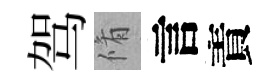
驾脩言責